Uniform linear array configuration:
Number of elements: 8
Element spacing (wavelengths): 0.75
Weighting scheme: cosine
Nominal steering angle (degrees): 30
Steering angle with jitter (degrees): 30.35
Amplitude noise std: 0.05
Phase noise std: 0.05

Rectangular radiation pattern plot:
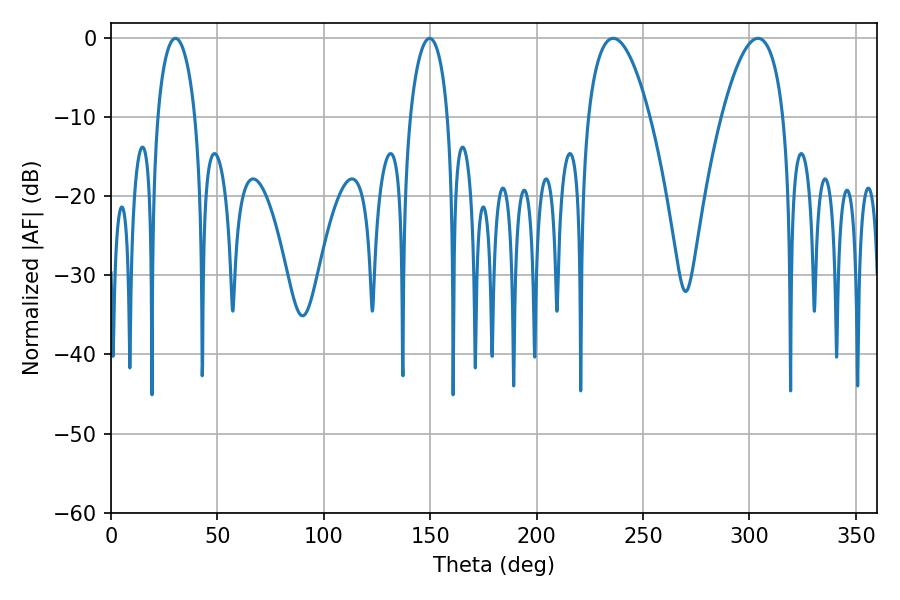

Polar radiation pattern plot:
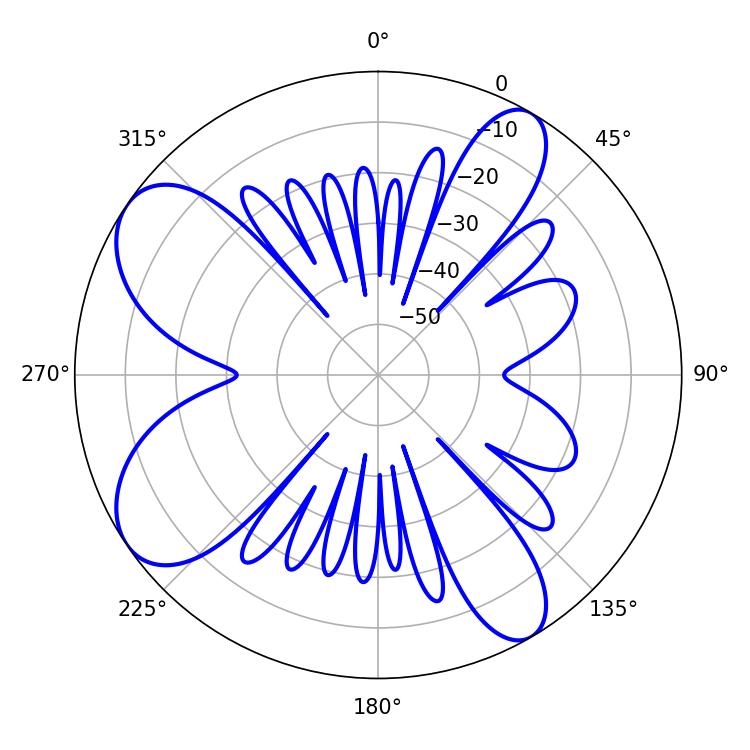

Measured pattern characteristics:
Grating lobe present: TRUE
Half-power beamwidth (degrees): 16.2
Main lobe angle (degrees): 304.02